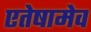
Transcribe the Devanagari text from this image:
एतेषामेव